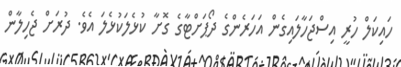
ހައިކަލް ހުރީ އިސްޖަހާލައިގެން އަހަރެންގެ ދޯޕަށްޓާގެ ގޮށާ ކުޅެލަކުޅެލަ އެވެ. ދުރަށް ޖެހިލާން